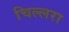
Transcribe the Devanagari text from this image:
चिल्लरा